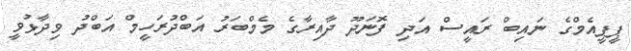
ޕީޕީއެމްގެ ނައިބް ރައީސް އަދި ފޮނަދޫ ދާއިރާގެ މެމްބަރު އަބްދުރަހީމް އަބްދު ވިދާޅުވީ